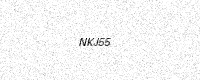
Text: NKJ55